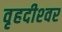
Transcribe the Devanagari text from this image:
वृहदीश्‍वर